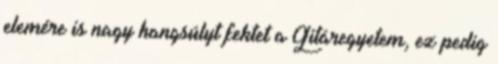
elemére is nagy hangsúlyt fektet a Gitáregyetem, ez pedig